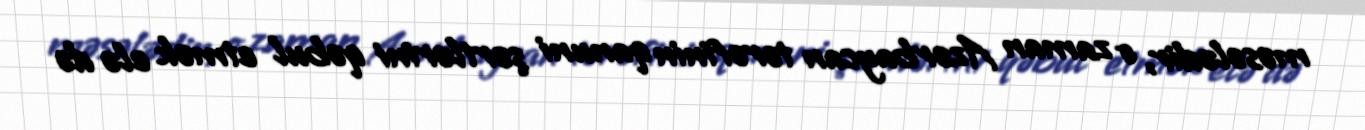
məsələdir, o zaman Azərbaycan tərəfinin qanuni şərtlərini qəbul etmək elə də